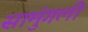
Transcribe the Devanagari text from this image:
सामुंगली